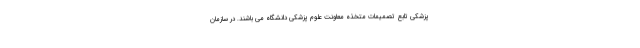
پزشکی تابع تصمیمات متخذه معاونت علوم پزشکی دانشگاه می باشند. در سازمان